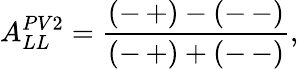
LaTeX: A_{LL}^{PV2}=\frac{(-\, +)-(-\, -)}{(-\, +)+(-\, -)},